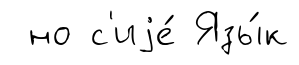
но с'иjе́ Язы́к